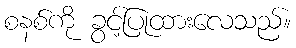
စနစ်ကို ခွင့်ပြုထားလေသည်။